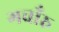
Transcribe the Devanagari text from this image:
गवाँरु